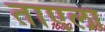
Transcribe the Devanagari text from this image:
ताएला